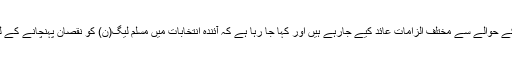
مسلم لیگ(ن) کی طرف سے اس سیاسی دھڑے کے الگ ہونے کے حوالے سے مختلف الزامات عائد کیے جارہے ہیں اور کہا جا رہا ہے کہ آئندہ انتخابات میں مسلم لیگ(ن) کو نقصان پہنچانے کے لیے نا دیدہ قوتوں کی جانب سے ایسے اقدامات کیے جارہے ہیں۔